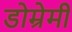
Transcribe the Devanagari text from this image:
डोम्रेमी